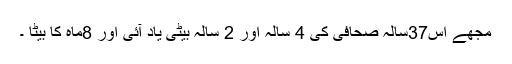
مجھے اس37سالہ صحافی کی 4 سالہ اور 2 سالہ بیٹی یاد آئی اور 8ماہ کا بیٹا ۔